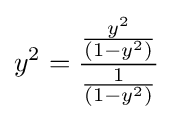
y^{2}={\frac {\frac {y^{2}}{(1-y^{2})}}{\frac {1}{(1-y^{2})}}}